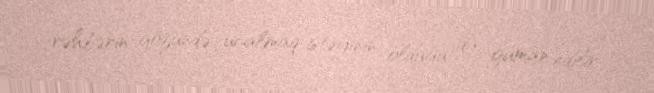
rəhbərin gözündə ucalmaq istəyinin olduğu da güman edilir.